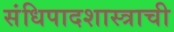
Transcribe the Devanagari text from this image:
संधिपादशास्त्राची